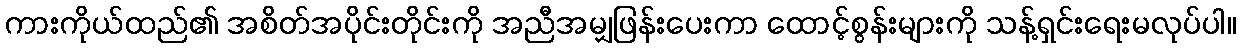
ကားကိုယ်ထည်၏ အစိတ်အပိုင်းတိုင်းကို အညီအမျှဖြန်းပေးကာ ထောင့်စွန်းများကို သန့်ရှင်းရေးမလုပ်ပါ။